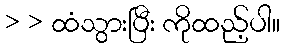
> > ထံသွားပြီး ကိုထည့်ပါ။